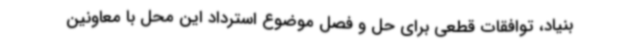
بنیاد، توافقات قطعی برای حل و فصل موضوع استرداد این محل با معاونین